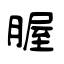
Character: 腛